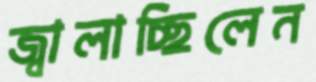
জ্বালাচ্ছিলেন